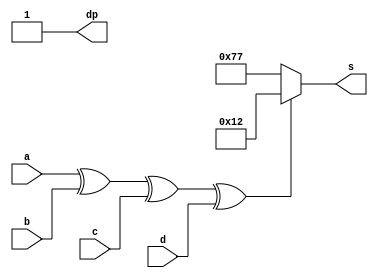
module mlx (a, b, c, d, s, dp);
  input a, b, c, d;
  output [6:0] s;
  output         dp;
  wire o;
  
  assign o = a^b^c^d;
  assign s[6:0] = o ? 7'b0010010 : 7'b1110111;
  assign dp = 1;
endmodule